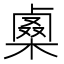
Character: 𠨇